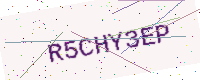
Text: R5CHY3EP